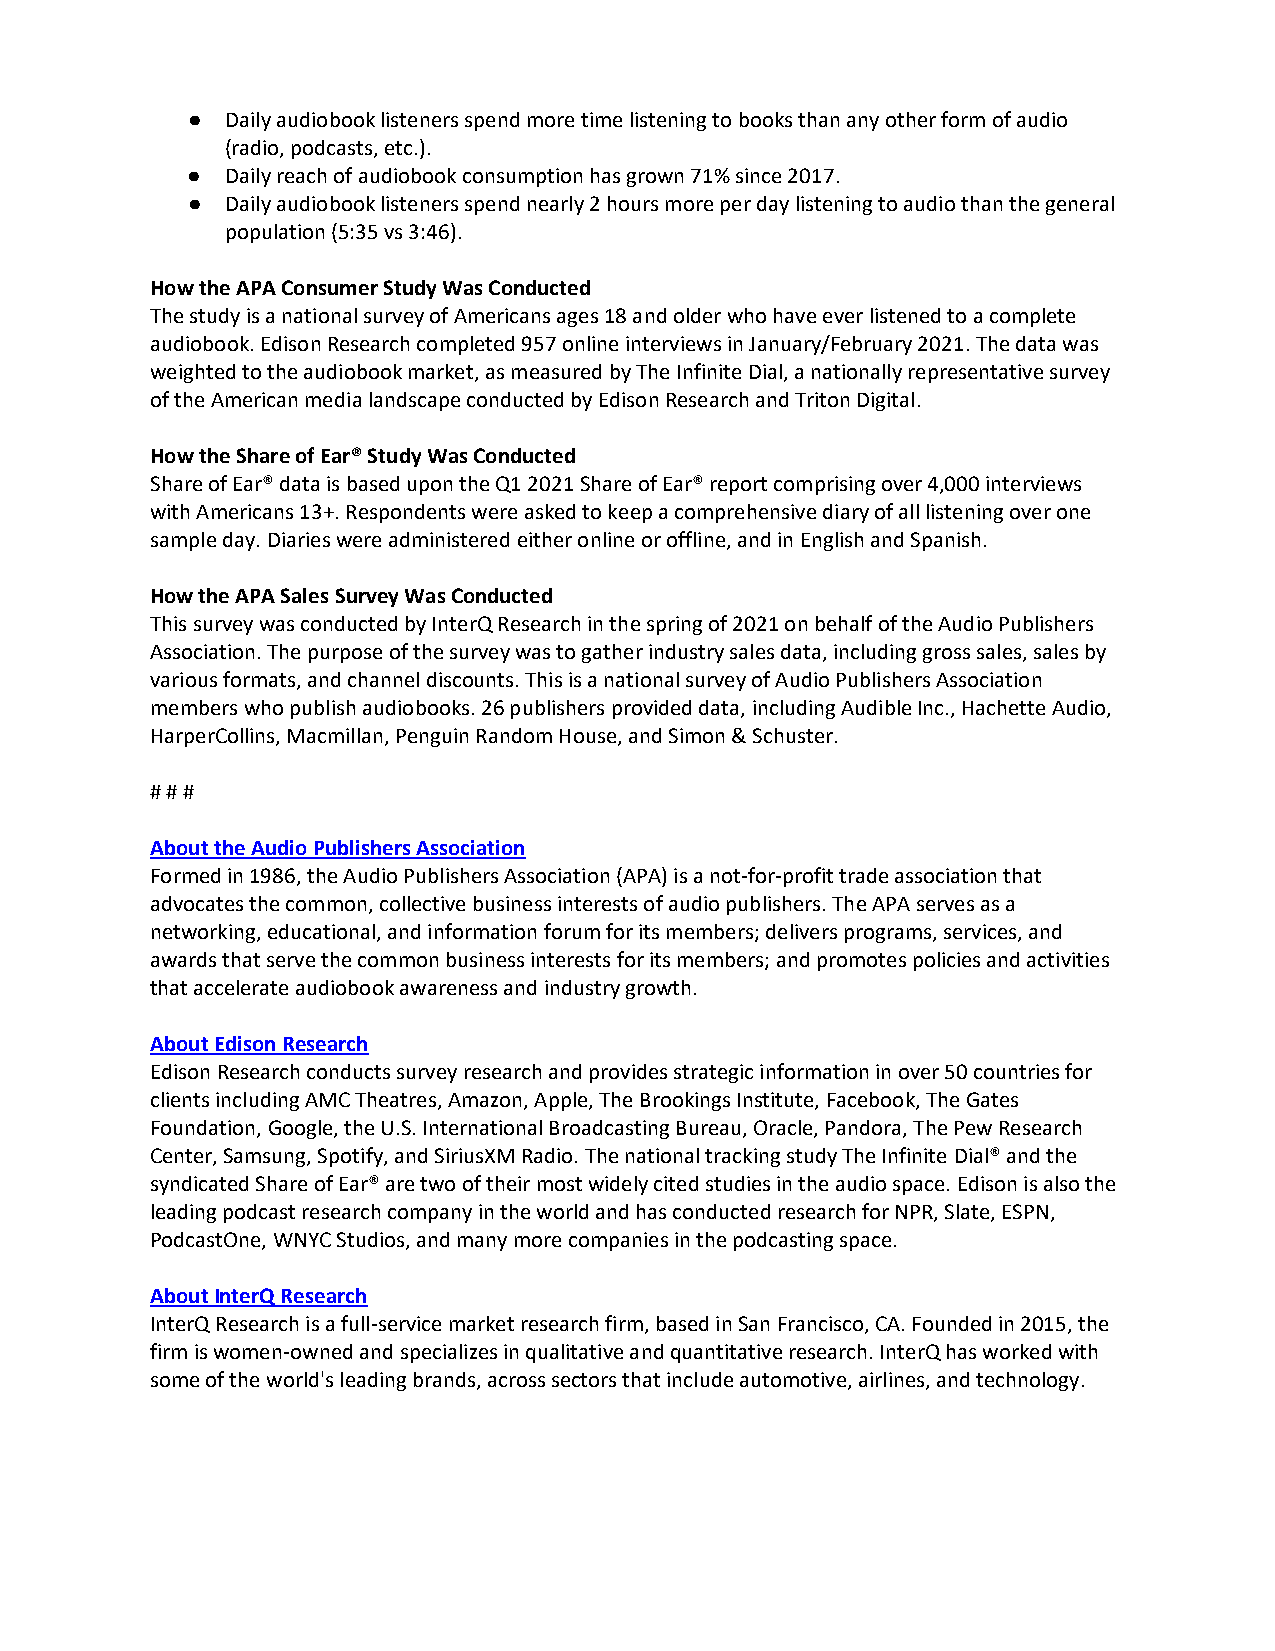
●  Daily audiobook listeners spend more time listening to books than any other form of audio
 (radio, podcasts, etc.).
 ●  Daily reach of audiobook consumption has grown 71% since 2017.
 ●  Daily audiobook listeners spend nearly 2 hours more per day listening to audio than the general
 population (5:35 vs 3:46).
 How the APA Consumer Study Was Conducted
 The study is a national survey of Americans ages 18 and older who have ever listened to a complete
 audiobook. Edison Research completed 957 online interviews in January/February 2021. The data was
 weighted to the audiobook market, as measured by The Infinite Dial, a nationally representative survey
 of the American media landscape conducted by Edison Research and Triton Digital.
 How the Share of Ear® Study Was Conducted
 Share of Ear® data is based upon the Q1 2021 Share of Ear® report comprising over 4,000 interviews
 with Americans 13+. Respondents were asked to keep a comprehensive diary of all listening over one
 sample day. Diaries were administered either online or offline, and in English and Spanish.
 How the APA Sales Survey Was Conducted
 This survey was conducted by InterQ Research in the spring of 2021 on behalf of the Audio Publishers
 Association. The purpose of the survey was to gather industry sales data, including gross sales, sales by
 various formats, and channel discounts. This is a national survey of Audio Publishers Association
 members who publish audiobooks. 26 publishers provided data, including Audible Inc., Hachette Audio,
 HarperCollins, Macmillan, Penguin Random House, and Simon & Schuster.
 # # #
 About the Audio Publishers Association
 Formed in 1986, the Audio Publishers Association (APA) is a not-for-profit trade association that
 advocates the common, collective business interests of audio publishers. The APA serves as a
 networking, educational, and information forum for its members; delivers programs, services, and
 awards that serve the common business interests for its members; and promotes policies and activities
 that accelerate audiobook awareness and industry growth.
 About Edison Research
 Edison Research conducts survey research and provides strategic information in over 50 countries for
 clients including AMC Theatres, Amazon, Apple, The Brookings Institute, Facebook, The Gates
 Foundation, Google, the U.S. International Broadcasting Bureau, Oracle, Pandora, The Pew Research
 Center, Samsung, Spotify, and SiriusXM Radio. The national tracking study The Infinite Dial® and the
 syndicated Share of Ear® are two of their most widely cited studies in the audio space. Edison is also the
 leading podcast research company in the world and has conducted research for NPR, Slate, ESPN,
 PodcastOne, WNYC Studios, and many more companies in the podcasting space.
 About InterQ Research
 InterQ Research is a full-service market research firm, based in San Francisco, CA. Founded in 2015, the
 firm is women-owned and specializes in qualitative and quantitative research. InterQ has worked with
 some of the world's leading brands, across sectors that include automotive, airlines, and technology.